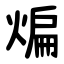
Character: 煸